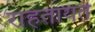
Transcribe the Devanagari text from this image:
राहतायते